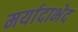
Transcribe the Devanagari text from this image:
मर्यादाभेद